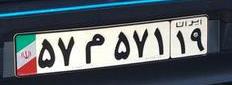
۵۷م۵۷۱۱۹